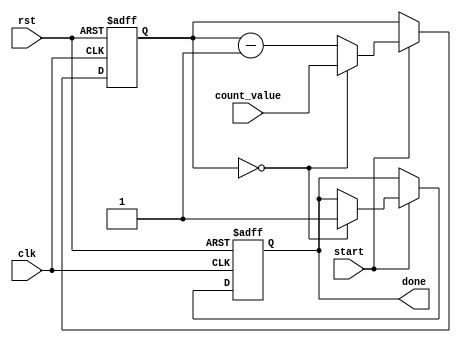
module countdown_timer (
    input wire clk, // Clock signal
    input wire rst, // Reset signal
    input wire start, // Start countdown signal
    input wire [15:0] count_value, // Countdown value
    output reg done // Countdown finished signal
);

reg [15:0] count;

always @(posedge clk or posedge rst) begin
    if (rst) begin
        count <= 16'h0000; // Reset count value
        done <= 1'b0; // Reset done signal
    end else if (start) begin
        if (count == 16'h0000) begin
            count <= count_value; // Load countdown value
        end else begin
            count <= count - 1; // Decrement count
        end
        
        if (count == 16'h0000) begin
            done <= 1'b1; // Set done signal when countdown finishes
        end
    end
end

endmodule